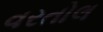
વરતોલ